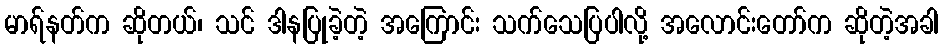
မာရ်နတ်က ဆိုတယ်၊ သင် ဒါနပြုခဲ့တဲ့ အကြောင်း သက်သေပြပါလို့ အလောင်းတော်က ဆိုတဲ့အခါ